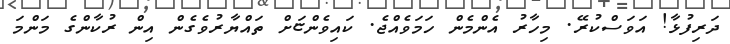
ދަރިފުޅާ! އަވަސްކުރޭ. މިހާރު އެންމެން ހަމަވެއްޖެ. ކައިވެންޏަށް ތައްޔާރުވެގެން އިން ރުކާންގެ މަންމަ